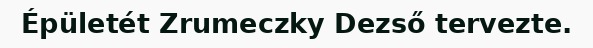
Épületét Zrumeczky Dezső tervezte.